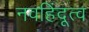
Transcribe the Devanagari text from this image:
नवहिंदूत्व